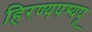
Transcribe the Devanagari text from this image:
हिरण्यपश्यपू